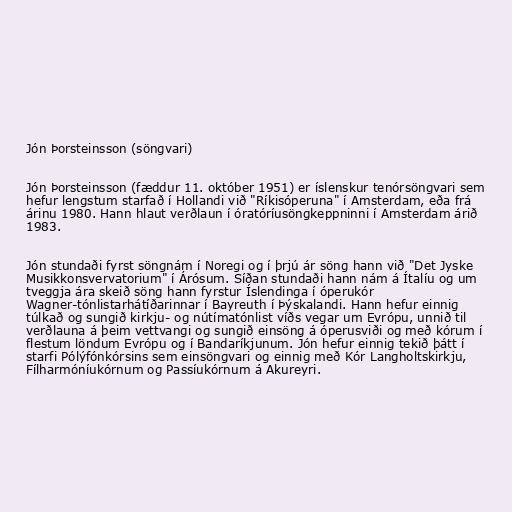
Jón Þorsteinsson (söngvari)

Jón Þorsteinsson (fæddur 11. október 1951) er íslenskur tenórsöngvari sem
hefur lengstum starfað í Hollandi við "Ríkisóperuna" í Amsterdam, eða frá
árinu 1980. Hann hlaut verðlaun í óratóríusöngkeppninni í Amsterdam árið
1983.

Jón stundaði fyrst söngnám í Noregi og í þrjú ár söng hann við "Det Jyske
Musikkonsvervatorium" í Árósum. Síðan stundaði hann nám á Ítalíu og um
tveggja ára skeið söng hann fyrstur Íslendinga í óperukór
Wagner-tónlistarhátíðarinnar í Bayreuth í Þýskalandi. Hann hefur einnig
túlkað og sungið kirkju- og nútímatónlist víðs vegar um Evrópu, unnið til
verðlauna á þeim vettvangi og sungið einsöng á óperusviði og með kórum í
flestum löndum Evrópu og í Bandaríkjunum. Jón hefur einnig tekið þátt í
starfi Pólýfónkórsins sem einsöngvari og einnig með Kór Langholtskirkju,
Fílharmóníukórnum og Passíukórnum á Akureyri.